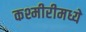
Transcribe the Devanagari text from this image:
कश्मीरीमध्ये